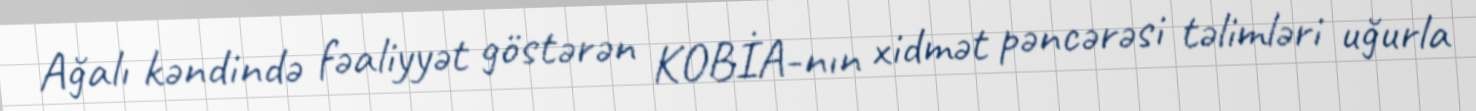
Ağalı kəndində fəaliyyət göstərən KOBİA-nın xidmət pəncərəsi təlimləri uğurla